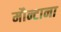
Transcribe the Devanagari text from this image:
मौन्टाना